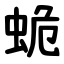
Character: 蛫